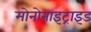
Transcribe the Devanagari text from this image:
मोनोनाइट्राइड